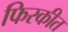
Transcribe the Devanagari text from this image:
फिरकीत